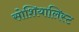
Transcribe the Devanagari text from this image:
सोशियालिस्ट